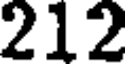
212